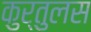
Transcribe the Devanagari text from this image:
कुर्तुलस